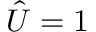
\hat { U } = 1